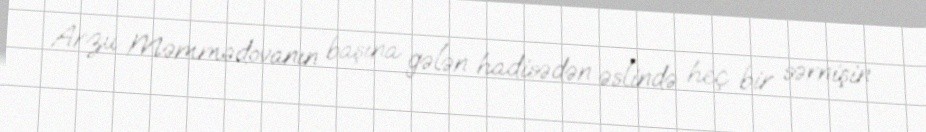
Arzu Məmmədovanın başına gələn hadisədən əslində heç bir sərnişin